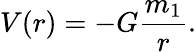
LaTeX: V(r)=-G{\frac{m_{1}}{r}}.